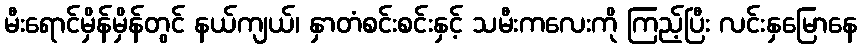
မီးရောင်မှိန်မှိန်တွင် နယ်ကျယ်၊ နှာတံစင်းစင်းနှင့် သမီးကလေးကို ကြည့်ပြီး လင်းနှမြောနေ